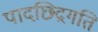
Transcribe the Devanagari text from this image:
पादछिद्रगति